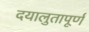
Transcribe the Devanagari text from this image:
दयालुतापूर्ण